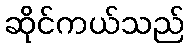
ဆိုင်ကယ်သည်